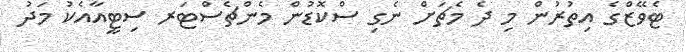
ޓެވޭޒްގެ އިތުރުން މި ދެ މެޗަށް ނެގި ސްކޮޑުން މެންޗެސްޓަރ ސިޓީއާއެކު މަދު